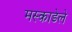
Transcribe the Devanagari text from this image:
मस्काडेले